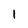
Character: 1